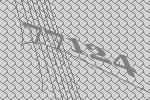
77124